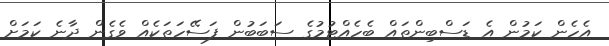
އެހެން ކަމުން އެ ޑަސްބިންތައް ބެހެއްޓުމުގެ ސަބަބުން ފަސޭހަތަކެއް ވެގެން ދާނެ ކަމަށް